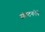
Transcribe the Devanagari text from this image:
संघटननेने